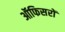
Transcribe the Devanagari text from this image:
ऑफिसरों